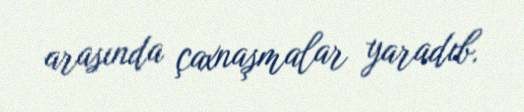
arasında çaxnaşmalar yaradıb.